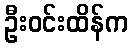
ဦးဝင်းထိန်က